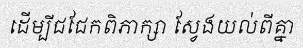
ដើម្បីជជែកពិភាក្សា ស្វែងយល់ពីគ្នា